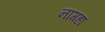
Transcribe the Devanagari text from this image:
नागहा